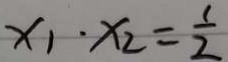
x _ { 1 } \cdot x _ { 2 } = \frac { 1 } { 2 }